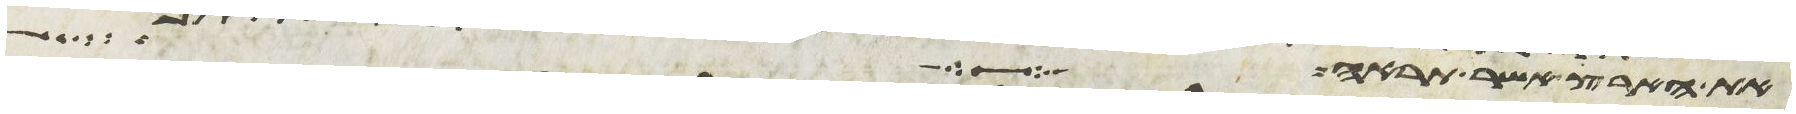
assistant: את הארץ אשר תראה